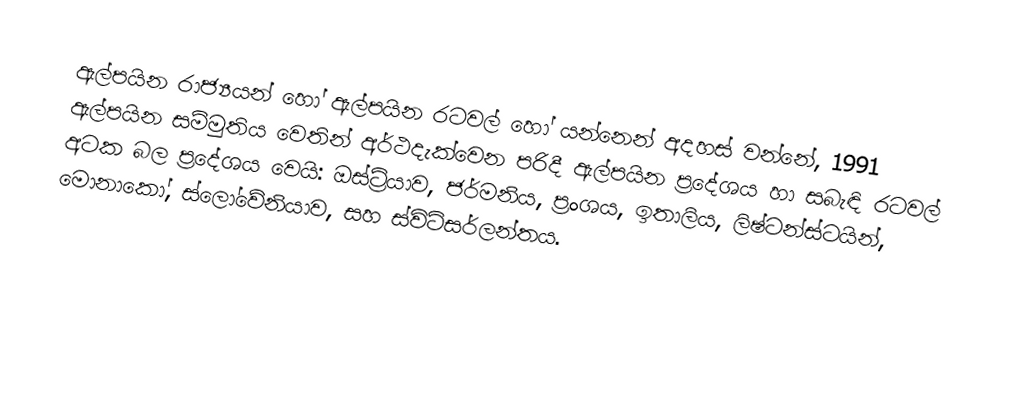
ඇල්පයින රාජ්‍යයන් හෝ ඇල්පයින රටවල් හෝ යන්නෙන් අදහස් වන්නේ, 1991  ඇල්පයින සම්මුතිය වෙතින් අර්ථදැක්වෙන පරිදී ඇල්පයින ප්‍රදේශය හා සබැඳි රටවල් අටක බල ප්‍රදේශය වෙයි: ඔස්ට්‍රියාව, ජර්මනිය, ප්‍රංශය, ඉතාලිය, ලිෂ්ටන්ස්ටයින්, මොනාකෝ, ස්ලෝවේනියාව, සහ ස්විට්සර්ලන්තය.